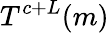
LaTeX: T^{c+L}(m)